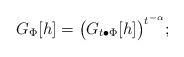
LaTeX: \begin{align*} G_{\Phi}[h]=\big(G_{t\bullet \Phi}[h]\big)^{t^{-\alpha}}; \end{align*}